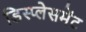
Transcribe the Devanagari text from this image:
डिस्प्लेसमेंट